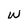
Character: w